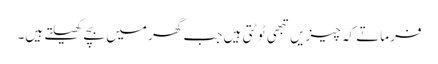
فرماتے کہ چیزیں تبھی ٹوٹتی ہیں جب گھر میں بچے کھیلتے ہیں۔